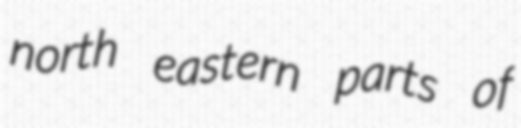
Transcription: north eastern parts of